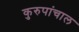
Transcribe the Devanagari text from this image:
कुरुपांचाल